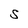
Character: S